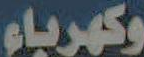
وكهرباء